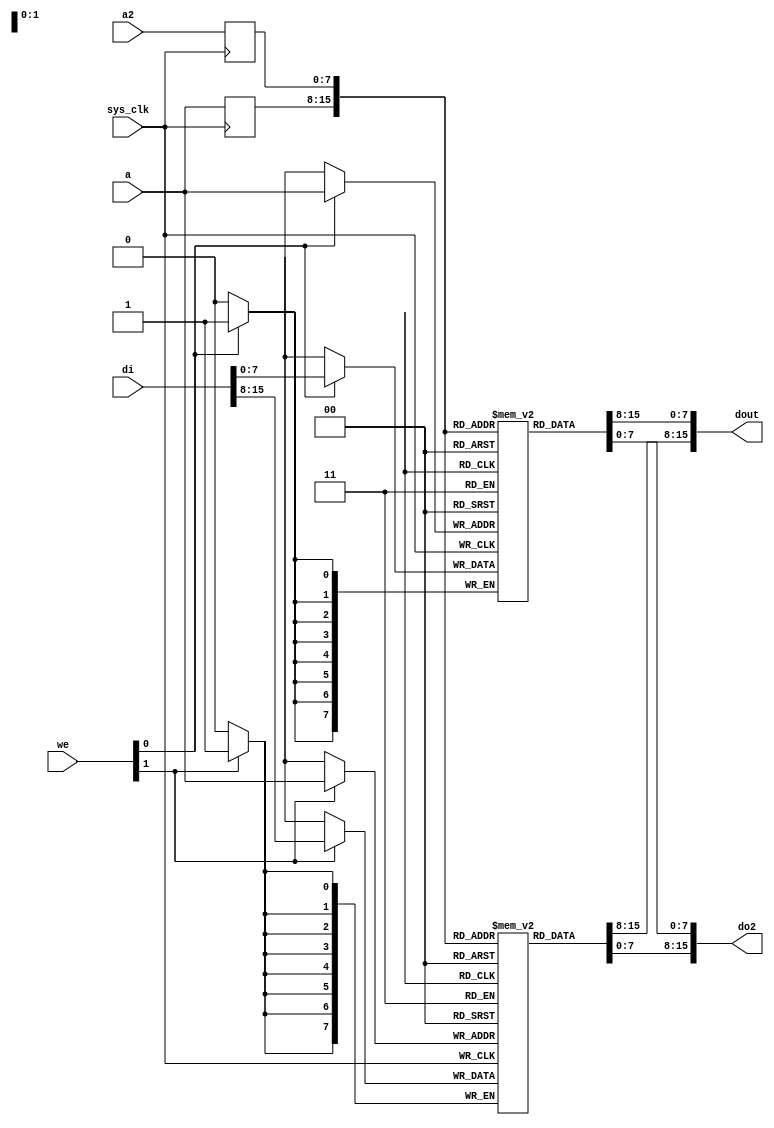
module fmlbrg_datamem #(
	parameter depth = 8
) (
	input sys_clk,

	/* Primary port (read-write) */
	input [depth-1:0] a,
	input [1:0] we,
	input [15:0] di,
	output [15:0] dout,

	/* Secondary port (read-only) */
	input [depth-1:0] a2,
	output [15:0] do2
);

reg [7:0] ram0[0:(1 << depth)-1];
reg [7:0] ram1[0:(1 << depth)-1];

wire [7:0] ram0di;
wire [7:0] ram1di;

wire [7:0] ram0do;
wire [7:0] ram1do;

wire [7:0] ram0do2;
wire [7:0] ram1do2;

reg [depth-1:0] a_r;
reg [depth-1:0] a2_r;

always @(posedge sys_clk) begin
	a_r <= a;
	a2_r <= a2;
end

/*
 * Workaround for a strange Xst 11.4 bug with Spartan-6
 * We must specify the RAMs in this order, otherwise,
 * ram1 "disappears" from the netlist. The typical
 * first symptom is a Bitgen DRC failure because of
 * dangling I/O pins going to the SDRAM.
 * Problem reported to Xilinx.
 */
 
always @(posedge sys_clk) begin
	if(we[1])
		ram1[a] <= ram1di;
end
assign ram1do = ram1[a_r];
assign ram1do2 = ram1[a2_r];

always @(posedge sys_clk) begin
	if(we[0])
		ram0[a] <= ram0di;
end
assign ram0do = ram0[a_r];
assign ram0do2 = ram0[a2_r];

assign ram0di = di[7:0];
assign ram1di = di[15:8];

assign dout = {ram1do, ram0do};
assign do2 = {ram1do2, ram0do2};

endmodule